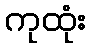
ကုထုံး